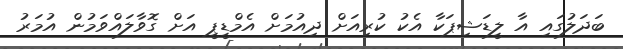
ބަދަލުގައި އާ ލީޑަޝިޕަކާ އެކު ކުރިއަށް ދިއުމަށް އެމްޑީޕީ އަށް ގޮވާލައްވަމުން އުމަރު